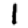
Digit: 1